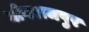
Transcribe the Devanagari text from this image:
मोगराजपुर